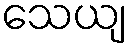
သေယျ